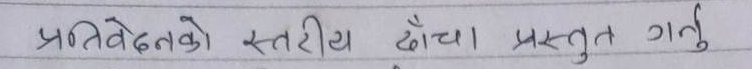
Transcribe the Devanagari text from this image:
प्रतिवेदनको स्तरीय ढाँचा प्रस्तुत गर्नु